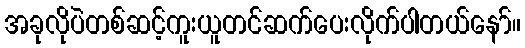
အခုလိုပဲတစ်ဆင့်ကူးယူတင်ဆက်ပေးလိုက်ပါတယ်နော်။